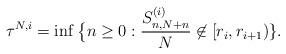
LaTeX: \begin{align*}\tau^{N,i}=\inf\big\{n\ge0:\frac{S^{(i)}_{n,N+n}}N\not\in[r_i,r_{i+1}) \}.\end{align*}